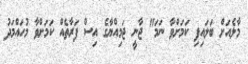
މާލެއަށް ބަލައިފި ކަމަށްވާ ނަމަ" ޖާނީ ޖަމިއްޔާގެ އިސް ފަރާތެއް ކަމަށްވާ މުހައްމަދު